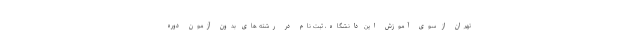
تهران از سوی آموزش این دانشگاه، ثبت نام در رشته های بدون آزمون دوره